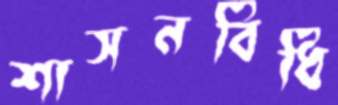
শাসনবিধি